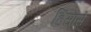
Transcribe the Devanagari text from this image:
हिंसासे